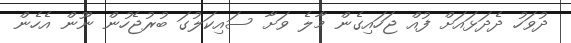
ދުވަހު ދެދަޅައަށް ފުއް ޖަހައިގެން މާލެ ވަށާ ސައިކަލުގަ ބުރުޖެހުން ނޫން އެހެން